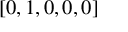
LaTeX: [ 0 , 1 , 0 , 0 , 0 ]